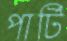
পার্টি